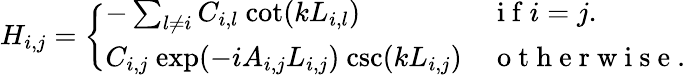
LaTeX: H_{i,j}=\left\{ \begin{array}{ll}{-\sum_{l\neq i}C_{i,l}\ \mathrm{cot}(kL_{i,l})}&{\mathrm{~i~f~}i=j.}\\ {C_{i,j}\ \mathrm{exp}(-iA_{i,j}L_{i,j})\ \mathrm{csc}(kL_{i,j})}&{\mathrm{~o~t~h~e~r~w~i~s~e~.~}}\end{array}\right.